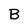
Character: B